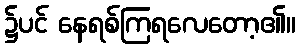
၌ပင် နေရစ်ကြရလေတော့၏။